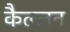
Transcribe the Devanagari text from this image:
कैल्लन